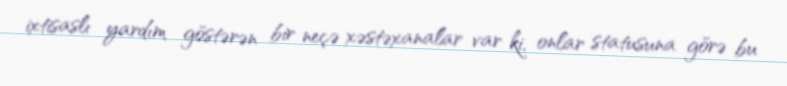
ixtisaslı yardım göstərən bir neçə xəstəxanalar var ki, onlar statusuna görə bu